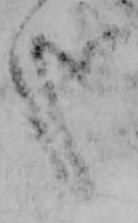
哉